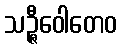
သဉ္ဇီဝေါတေဝ